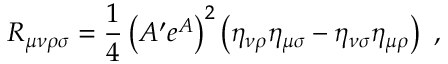
R _ { \mu \nu \rho \sigma } = \frac { 1 } { 4 } \left( A ^ { \prime } e ^ { A } \right) ^ { 2 } \left( \eta _ { \nu \rho } \eta _ { \mu \sigma } - \eta _ { \nu \sigma } \eta _ { \mu \rho } \right) ~ ,